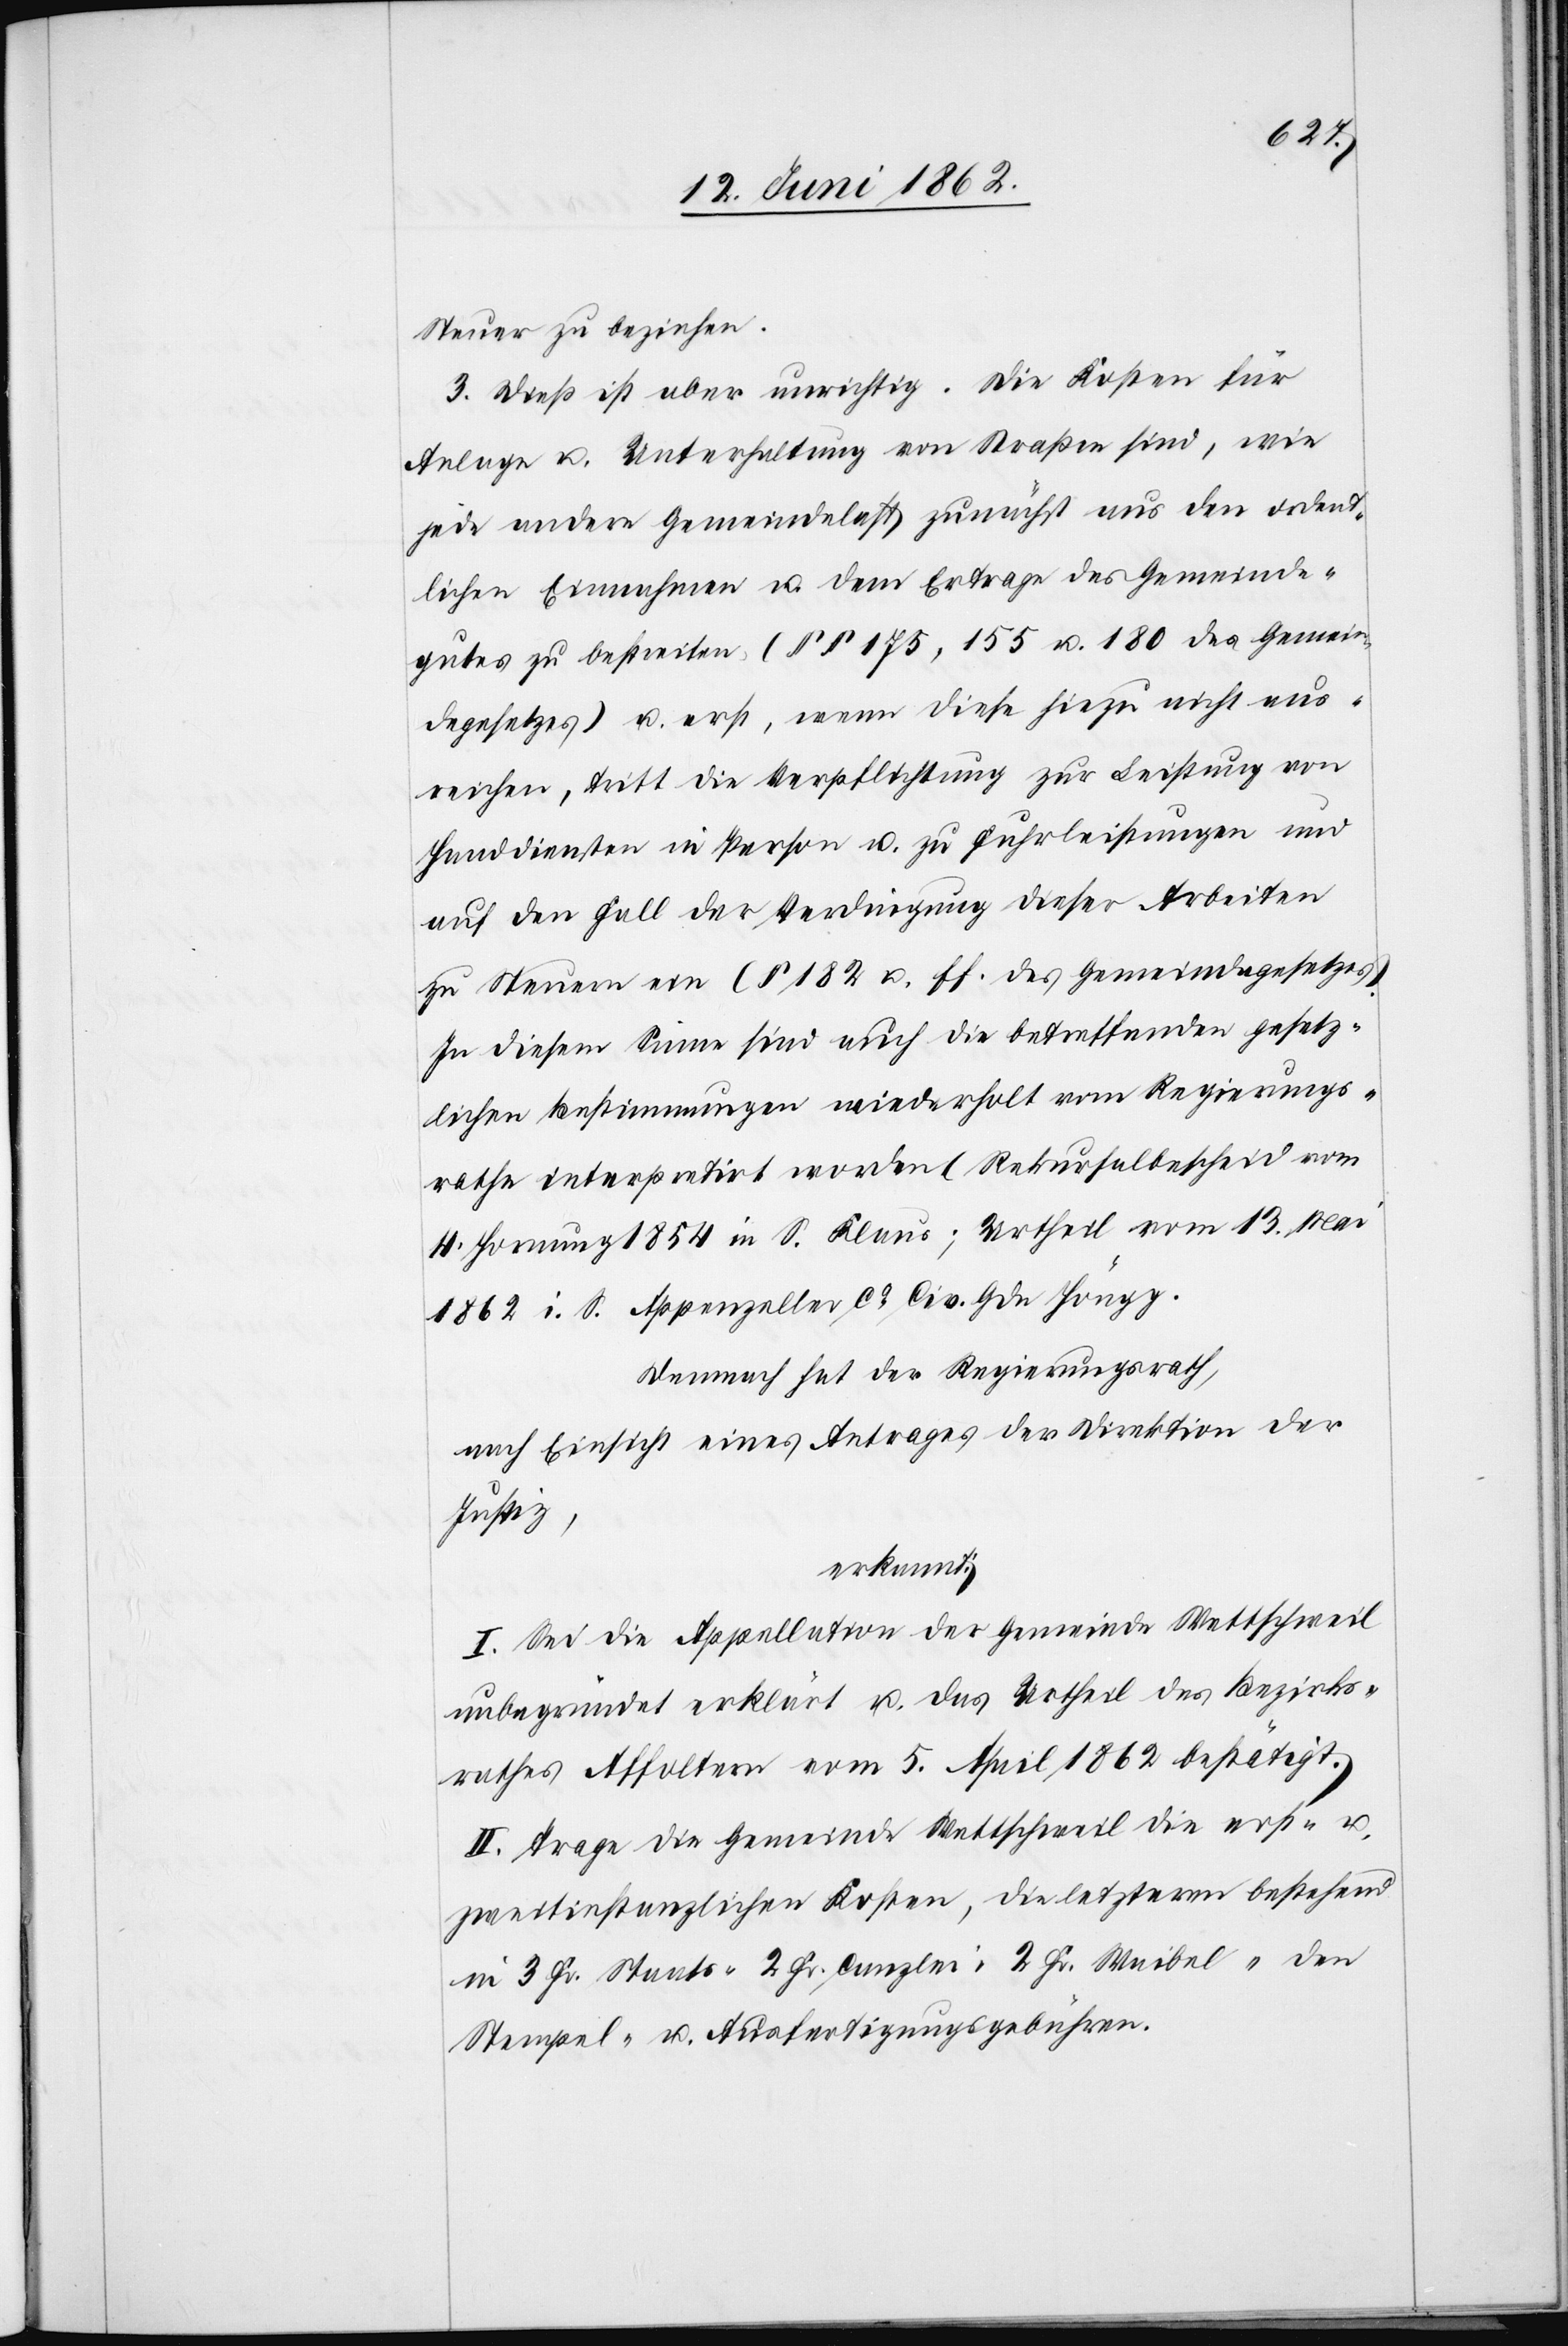
Steuer zu beziehen.
3. Dieß ist aber urnichtig. Die Kosten für
Anlage u. Unterhaltung von Straßen sind, wie
jede andere Gemeindelast zunächst aus den ordent¬
lichen Einnahmen u. dem Ertrage des Gemeinde¬
gutes zu bestreiten (§§ 175, 155 u. 180 des Gemein¬
degesetzes) u. erst, wenn diese hiezu nicht aus¬
reichen, tritt die Verpflichtung zur Leistung von
Handdiensten in Person u. zu Fuhrleistungen und
auf den Fall der Verdingung dieser Arbeiten
zu Steuern ein (§ 182 u. ff. des Gemeindegesetzes).
In diesem Sinne sind auch die betreffenden gesetz¬
lichen Bestimmungen wiederholt vom Regierungs¬
rathe interpretirt worden (Rekursalbescheid vom
4. Hornung 1854 in S. Klaus; Urtheil vom 13. Ma¬
i i. S. Appenzeller co Civ. Gde. Höngg[)].
Demnach hat der Regierungsrath,
nach Einsicht eines Antrages der Direktion der
Justiz,
erkannt:
I. Sei die Appellation der Gemeinde Wettschweil
unbegründet erklärt u. das Urtheil des Bezirks¬
rathes Affoltern vom 5. April 1862 bestätigt.
II. Trage die Gemeinde Wettschweil die erst- u.
zweitinstanzlichen Kosten, die letztern bestehend
in 3 Fr. Staats-[,] 2 Fr. Canzlei-[,] 2 Fr. Waibel-[,] den
Stempel- u. Ausfertigungsgebühren.